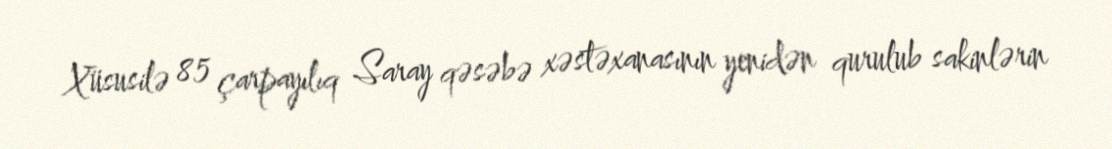
Xüsusilə 85 çarpayılıq Saray qəsəbə xəstəxanasının yenidən qurulub sakinlərin